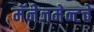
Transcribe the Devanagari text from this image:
मॅनेजमेन्टचे